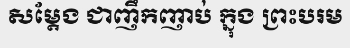
សម្តែង ជាញឹកញាប់ ក្នុង ព្រះបរម